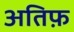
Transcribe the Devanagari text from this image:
अतिफ़